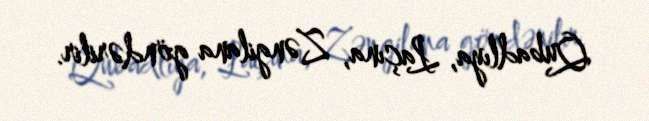
Qubadlıya, Laçına, Zəngilana göndərilir.